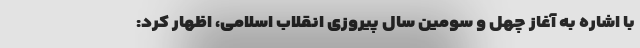
با اشاره به آغاز چهل و سومین سال پیروزی انقلاب اسلامی، اظهار کرد: